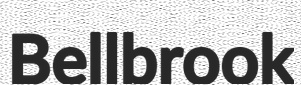
Bellbrook